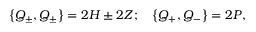
\left\{ Q _ { \pm } , Q _ { \pm } \right\} = 2 H \pm 2 Z ; \quad \left\{ Q _ { + } , Q _ { - } \right\} = 2 P ,